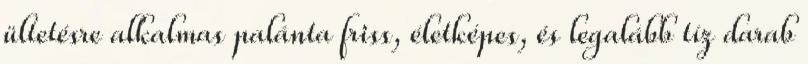
ültetésre alkalmas palánta friss, életképes, és legalább tíz darab